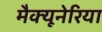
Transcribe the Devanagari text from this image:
मैक्यूनेरिया